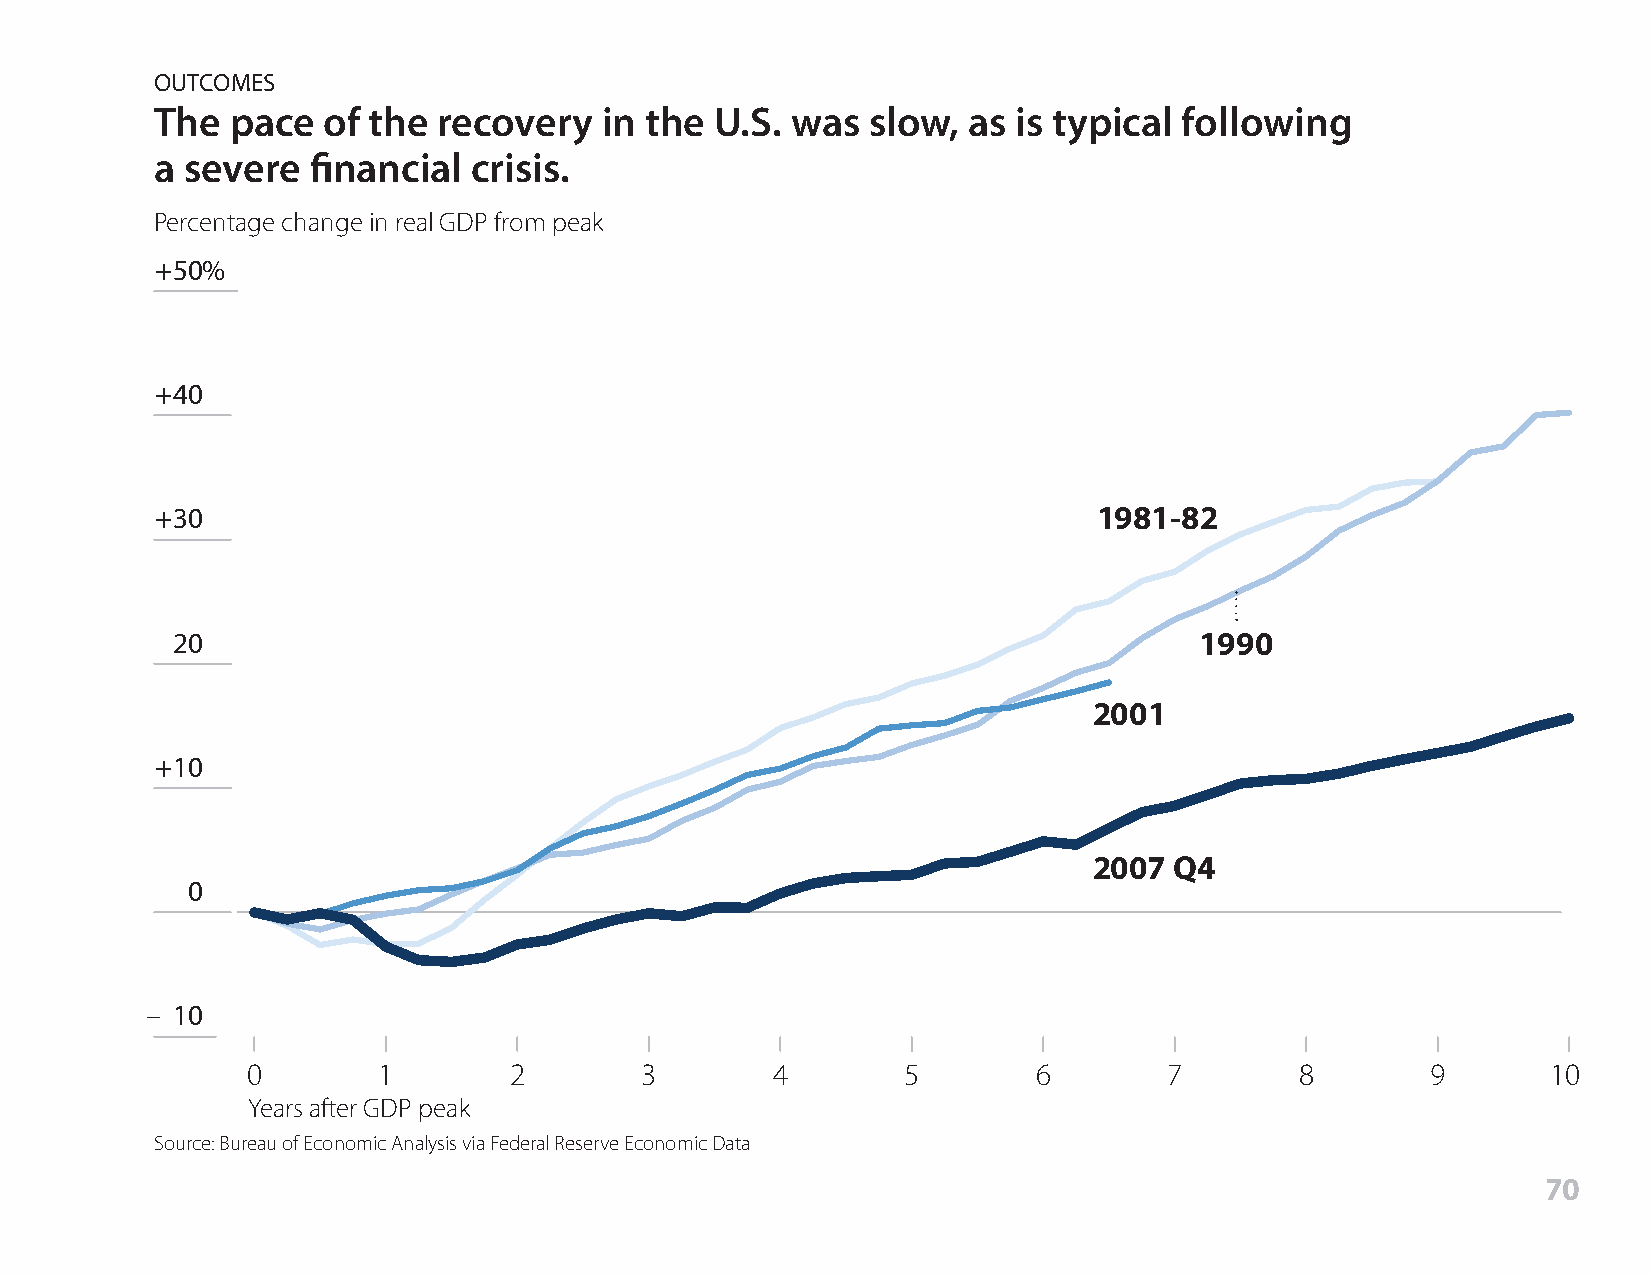
OUTCOMES
 The  pace  of the  recovery   in the U.S. was   slow, as is typical following
 a severe  financial  crisis.
 Percentage change in real GDP from peak
 +50%
 +40
 +30                                                            1981-82
 20                                                                  1990
 2001
 +10
 2007  Q4
 0
 – 10
 0        1        2       3        4        5        6       7        8        9       10
 Years after GDP peak
 Source: Bureau of Economic Analysis via Federal Reserve Economic Data
 70